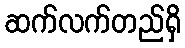
ဆက်လက်တည်ရှိ